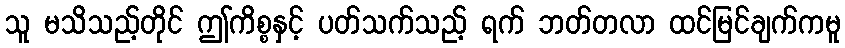
သူ မသိသည့်တိုင် ဤကိစ္စနှင့် ပတ်သက်သည့် ရက် ဘတ်တလာ ထင်မြင်ချက်ကမူ